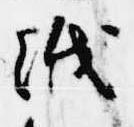
紙